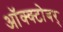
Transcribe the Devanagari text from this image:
ऑक्क्टोबर्